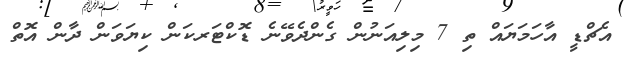
އެޗްޑީ އާހަމަޔައް ތި 7 މިލިއަނުން ގެންދެވޭނެ ޑޮކްޓަރކަން ކިޔަވަން ދާން އޮތް